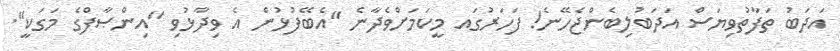
އަދަބު ތަފާތުވިޔަސް އަދަބުލިބެންޖެހޭނެ! ފަހަރުގައ މީކަމަށްވެދާނެ "އެބޭފުޅުން އެ ވިދާޅުވި "އިންޞާފްގެ މަގަކީ".